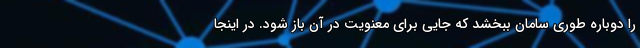
را دوباره طوری سامان ببخشد که جایی برای معنویت در آن باز شود. در اینجا